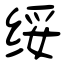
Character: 绥